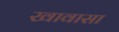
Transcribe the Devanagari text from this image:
खावासा